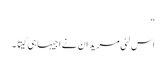
“
اس لئی مریدان نے اجیہا ہی کیتا ۔